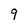
Character: 9